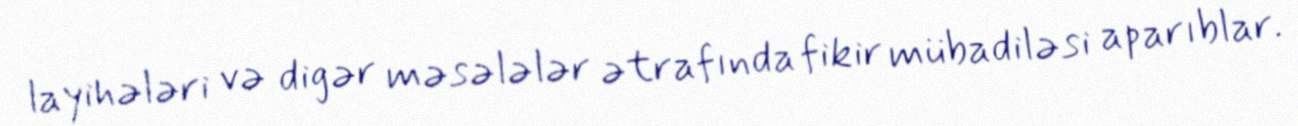
layihələri və digər məsələlər ətrafında fikir mübadiləsi aparıblar.